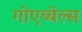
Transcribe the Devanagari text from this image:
गोएब्बेल्स